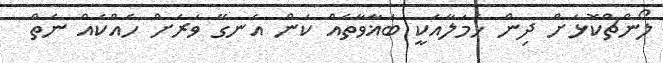
ލޯންޗްކޮޅަށް ދިން ހަމަލާއަކީ ބަޣާވާތެއް ކަން އެނގޭ ވަރަށް ހެއްކެއް ނެތް